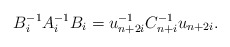
\begin{align*}B_{i}^{-1}A_{i}^{-1}B_{i}=u_{n+2i}^{-1}C_{n+i}^{-1}u_{n+2i}.\end{align*}